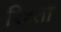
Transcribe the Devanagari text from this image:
रिश्‍ता